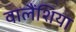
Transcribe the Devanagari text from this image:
वालैंशिया